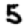
Digit: 5